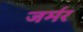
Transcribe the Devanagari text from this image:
जर्मर